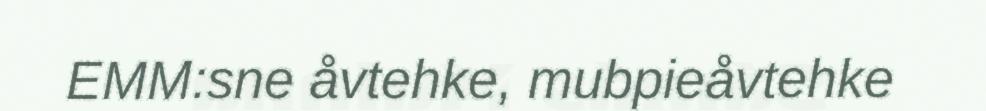
EMM:sne åvtehke, mubpieåvtehke